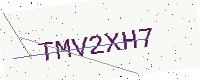
Text: TMV2XH7